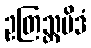
ဥတြသ္တမိဒံ